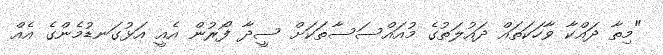
"މިތާ ދައްކާ ވާހަކަތައް ދައުލަތުގެ މުއައްސަސާތަކަށް ސީދާ ފޯރުން އެއީ އަޅުގަނޑުމެންގެ އެއް